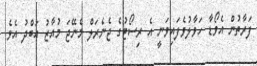
ފަރާތުން އެވޯޑާ ހަވާލުވެފައިވަނީ އެ ރިސޯޓުގެ ޖެނެރަލް މެނޭޖަ މުއާޒު އަބްދު އެވެ.